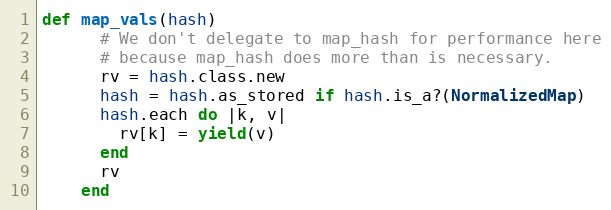
Language: Ruby
def map_vals(hash)
      # We don't delegate to map_hash for performance here
      # because map_hash does more than is necessary.
      rv = hash.class.new
      hash = hash.as_stored if hash.is_a?(NormalizedMap)
      hash.each do |k, v|
        rv[k] = yield(v)
      end
      rv
    end